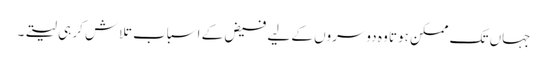
جہاں تک ممکن ہوتا وہ دوسروں کے لیے فیض کے اسباب تلاش کر ہی لیتے۔